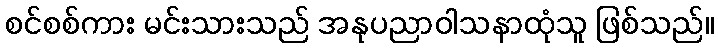
စင်စစ်ကား မင်းသားသည် အနုပညာဝါသနာထုံသူ ဖြစ်သည်။